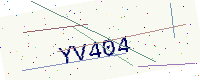
Text: YV404